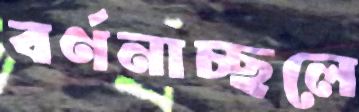
বর্ণনাচ্ছলে